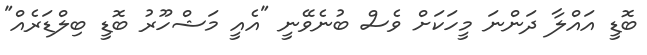
ބޮޑީ އައްލާ ދަންނަ މީހަކަށް ވެސް ބުނެވޭނީ "އެއީ މަޝްހޫރު ބޮޑީ ބިލްޑަރެއް"